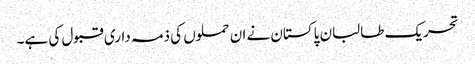
تحریک طالبان پاکستان نے ان حملوں کی ذمہ داری قبول کی ہے۔